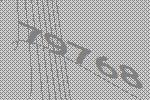
79768